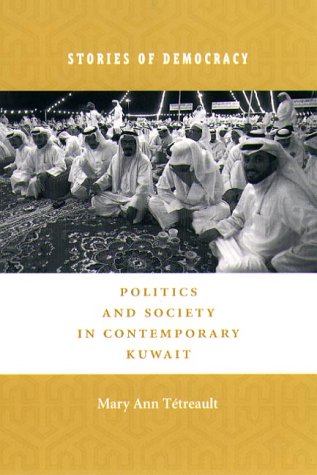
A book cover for Stories of Democracy: Politics and Society in Contemporary Kuwait; Mary Ann TÃ©treault; History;